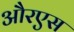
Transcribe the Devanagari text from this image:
औरएस